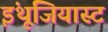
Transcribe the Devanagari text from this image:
इंथूजियास्ट